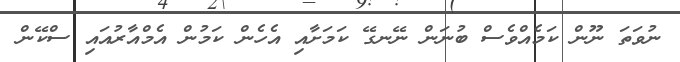
ނުވަތަ ނޫން ކަމެއްވެސް ބުނަން ނޭނގޭ ކަމަށާއި އެހެން ކަމުން އެމްއާރުއައި ސްކޭން